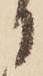
に